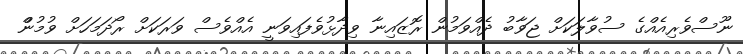
ނޫސްވެރިއެއްގެ ސުވާލަކަށް ޖަވާބު ދެއްވަމުން ރޮޒައިނާ ވިދާޅުވެފައިވަނީ އެއްވެސް ވަރަކަށް ރޯދަމަހަށް ވުމުންް